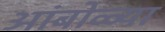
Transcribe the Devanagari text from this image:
आंबोळ्या